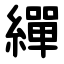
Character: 繟